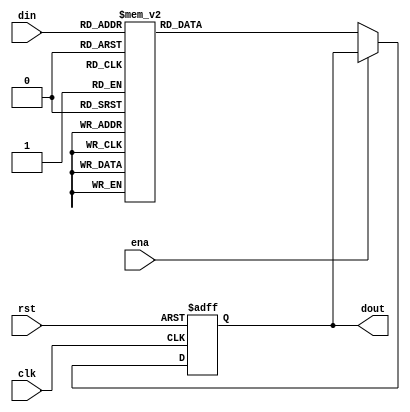

module output_lut(din, clk, rst, ena, dout);
    parameter NDATA = 128;
    parameter NDATA_LOG = $clog2(NDATA);

    input [NDATA_LOG-1:0] din;
    input clk;
    input rst;
    input ena;

    output reg [8:0] dout = 9'd0;

    always @ (posedge clk or negedge rst) begin
        if (!rst)
            dout <= 9'd0;
        else
            if (!ena)
                case (din)
                    0: dout <= 9'd90;
                    1: dout <= 9'd89;
                    2: dout <= 9'd88;
                    3: dout <= 9'd87;
                    4: dout <= 9'd86;
                    5: dout <= 9'd85;
                    6: dout <= 9'd85;
                    7: dout <= 9'd84;
                    8: dout <= 9'd83;
                    9: dout <= 9'd82;
                    10: dout <= 9'd81;
                    11: dout <= 9'd80;
                    12: dout <= 9'd79;
                    13: dout <= 9'd78;
                    14: dout <= 9'd77;
                    15: dout <= 9'd76;
                    16: dout <= 9'd75;
                    17: dout <= 9'd74;
                    18: dout <= 9'd73;
                    19: dout <= 9'd72;
                    20: dout <= 9'd71;
                    21: dout <= 9'd71;
                    22: dout <= 9'd70;
                    23: dout <= 9'd69;
                    24: dout <= 9'd68;
                    25: dout <= 9'd67;
                    26: dout <= 9'd66;
                    27: dout <= 9'd65;
                    28: dout <= 9'd64;
                    29: dout <= 9'd63;
                    30: dout <= 9'd62;
                    31: dout <= 9'd61;
                    32: dout <= 9'd59;
                    33: dout <= 9'd58;
                    34: dout <= 9'd57;
                    35: dout <= 9'd56;
                    36: dout <= 9'd55;
                    37: dout <= 9'd54;
                    38: dout <= 9'd53;
                    39: dout <= 9'd52;
                    40: dout <= 9'd51;
                    41: dout <= 9'd49;
                    42: dout <= 9'd48;
                    43: dout <= 9'd47;
                    44: dout <= 9'd46;
                    45: dout <= 9'd44;
                    46: dout <= 9'd43;
                    47: dout <= 9'd42;
                    48: dout <= 9'd40;
                    49: dout <= 9'd39;
                    50: dout <= 9'd37;
                    51: dout <= 9'd36;
                    52: dout <= 9'd34;
                    53: dout <= 9'd33;
                    54: dout <= 9'd31;
                    55: dout <= 9'd29;
                    56: dout <= 9'd27;
                    57: dout <= 9'd25;
                    58: dout <= 9'd23;
                    59: dout <= 9'd21;
                    60: dout <= 9'd18;
                    61: dout <= 9'd14;
                    62: dout <= 9'd10;
                    63: dout <= 9'd0;
                    64: dout <= 9'd0;
                    65: dout <= 9'd180;
                    66: dout <= 9'd170;
                    67: dout <= 9'd166;
                    68: dout <= 9'd162;
                    69: dout <= 9'd159;
                    70: dout <= 9'd157;
                    71: dout <= 9'd155;
                    72: dout <= 9'd153;
                    73: dout <= 9'd151;
                    74: dout <= 9'd149;
                    75: dout <= 9'd147;
                    76: dout <= 9'd146;
                    77: dout <= 9'd144;
                    78: dout <= 9'd143;
                    79: dout <= 9'd141;
                    80: dout <= 9'd140;
                    81: dout <= 9'd138;
                    82: dout <= 9'd137;
                    83: dout <= 9'd136;
                    84: dout <= 9'd134;
                    85: dout <= 9'd133;
                    86: dout <= 9'd132;
                    87: dout <= 9'd131;
                    88: dout <= 9'd129;
                    89: dout <= 9'd128;
                    90: dout <= 9'd127;
                    91: dout <= 9'd126;
                    92: dout <= 9'd125;
                    93: dout <= 9'd124;
                    94: dout <= 9'd123;
                    95: dout <= 9'd122;
                    96: dout <= 9'd121;
                    97: dout <= 9'd119;
                    98: dout <= 9'd118;
                    99: dout <= 9'd117;
                    100: dout <= 9'd116;
                    101: dout <= 9'd115;
                    102: dout <= 9'd114;
                    103: dout <= 9'd113;
                    104: dout <= 9'd112;
                    105: dout <= 9'd111;
                    106: dout <= 9'd110;
                    107: dout <= 9'd109;
                    108: dout <= 9'd109;
                    109: dout <= 9'd108;
                    110: dout <= 9'd107;
                    111: dout <= 9'd106;
                    112: dout <= 9'd105;
                    113: dout <= 9'd104;
                    114: dout <= 9'd103;
                    115: dout <= 9'd102;
                    116: dout <= 9'd101;
                    117: dout <= 9'd100;
                    118: dout <= 9'd99;
                    119: dout <= 9'd98;
                    120: dout <= 9'd97;
                    121: dout <= 9'd96;
                    122: dout <= 9'd95;
                    123: dout <= 9'd95;
                    124: dout <= 9'd94;
                    125: dout <= 9'd93;
                    126: dout <= 9'd92;
                    127: dout <= 9'd91;
                endcase
    end

endmodule